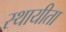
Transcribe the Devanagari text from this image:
स्थायीता